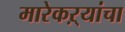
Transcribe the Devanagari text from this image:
मारेकऱ्यांचा